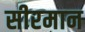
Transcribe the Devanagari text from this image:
सीरमान